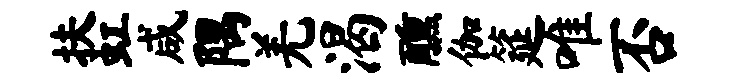
扶虹咸隅羌渴醺伽筵唯否